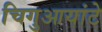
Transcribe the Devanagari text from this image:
चिगुआयांटे